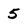
Character: 5